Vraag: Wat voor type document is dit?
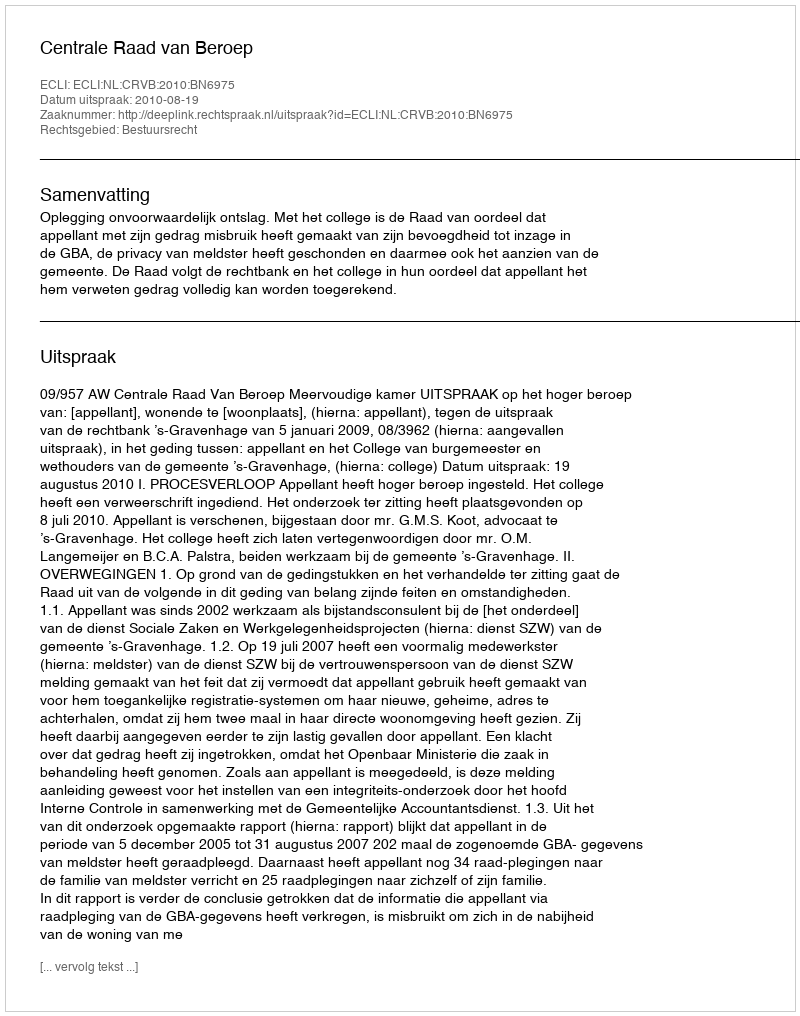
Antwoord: Uitspraak